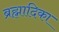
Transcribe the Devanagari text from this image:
ब्रह्मादिका